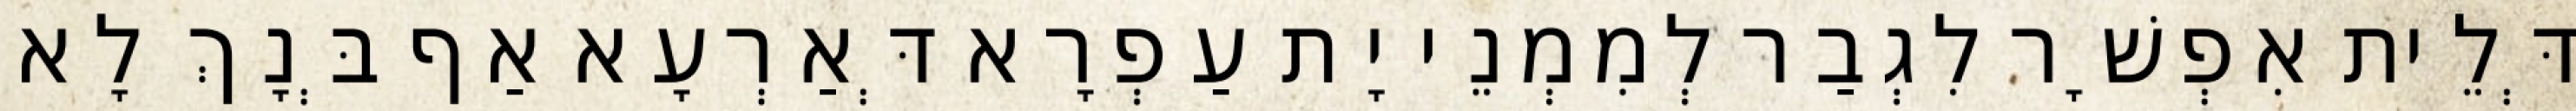
דְּלֵית אִפְשָׁר לִגְבַר לְמִמְנֵי יָת עַפְרָא דְּאַרְעָא אַף בְּנָךְ לָא